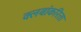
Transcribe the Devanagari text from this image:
क्लबांकरिता